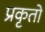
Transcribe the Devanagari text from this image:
प्रकृतों